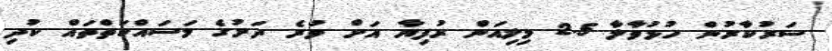
ސަރުކާރުން ހުޅުވާލާ 2.5 މިލިއަން ރުފިޔާ އަށް ވުރެ ދަށުގެ މަސައްކަތްތައް ކުދި